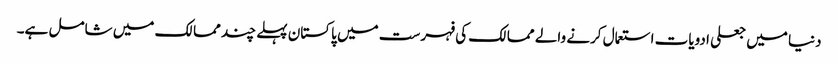
دنیا میں جعلی ادویات استعمال کرنے والے ممالک کی فہرست میں پاکستان پہلے چند ممالک میں شامل ہے۔